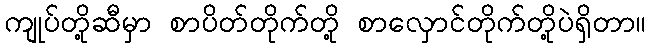
ကျုပ်တို့ဆီမှာ စာပိတ်တိုက်တို့ စာလှောင်တိုက်တို့ပဲရှိတာ။